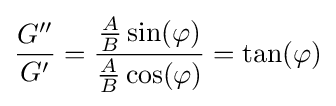
{\frac {G''}{G'}}={\frac {{\frac {A}{B}}\sin(\varphi )}{{\frac {A}{B}}\cos(\varphi )}}=\tan(\varphi )